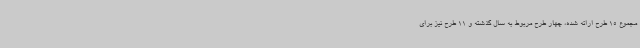
مجموع 15 طرح ارائه شده، چهار طرح مربوط به سال گذشته و 11 طرح نیز برای